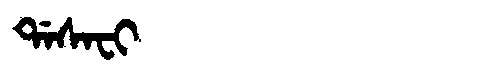
Manchu: ᡩᠠᠰᠠᠸᡳ
Romanization: DASAFI